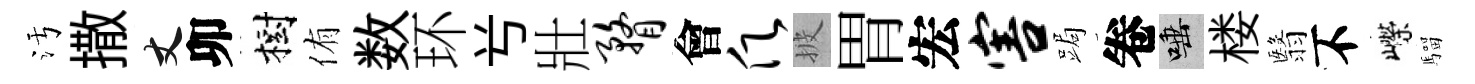
污撒丈卯樹侑数环𠔃壯瞀會愿披胃宏害跼卷唾楼翳不嶸騮